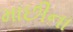
માછીના